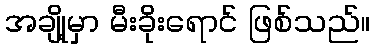
အချို့မှာ မီးခိုးရောင် ဖြစ်သည်။